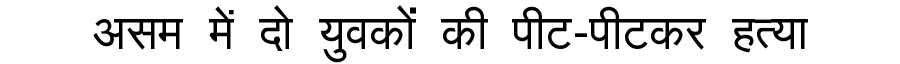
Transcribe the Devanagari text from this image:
असम में दो युवकों की पीट-पीटकर हत्या